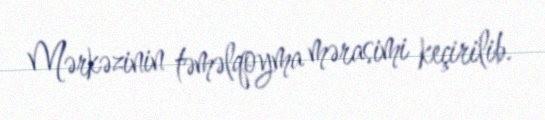
Mərkəzinin təməlqoyma mərasimi keçirilib.